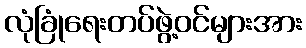
လုံခြုံရေးတပ်ဖွဲ့ဝင်များအား